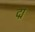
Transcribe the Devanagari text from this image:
द्म